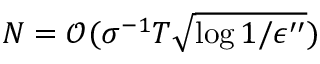
N = { \mathcal O } ( \sigma ^ { - 1 } T \sqrt { \log { 1 / \epsilon ^ { \prime \prime } } } )